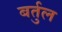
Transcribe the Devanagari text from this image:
बर्तुल